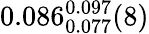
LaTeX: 0.086_{0.077}^{0.097}(8)